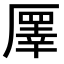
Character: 𠪯